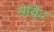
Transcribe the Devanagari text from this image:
सेयिंट